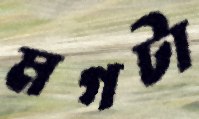
মগটা